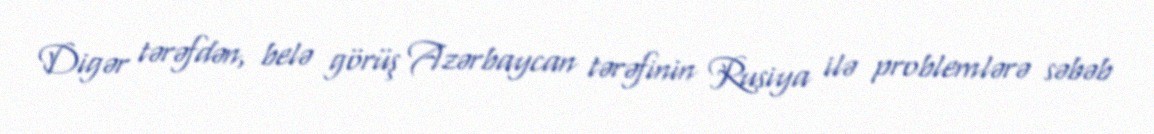
Digər tərəfdən, belə görüş Azərbaycan tərəfinin Rusiya ilə problemlərə səbəb